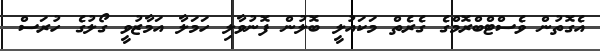
އެގޮތުން ވެސްޓްބްރޮމްގެ ގެރެތް މަކައުލީ ބޮލުން ފޮނުވާލި ހަމަލާ އަމާޒުވީ ގޯލުގެ ހުރަސް